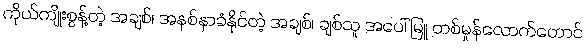
ကိုယ်ကျိုးစွန့်တဲ့ အချစ်၊ အနစ်နာခံနိုင်တဲ့ အချစ်၊ ချစ်သူ အပေါ် မြူ တစ်မှုန်လောက်တောင်